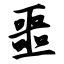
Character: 噩